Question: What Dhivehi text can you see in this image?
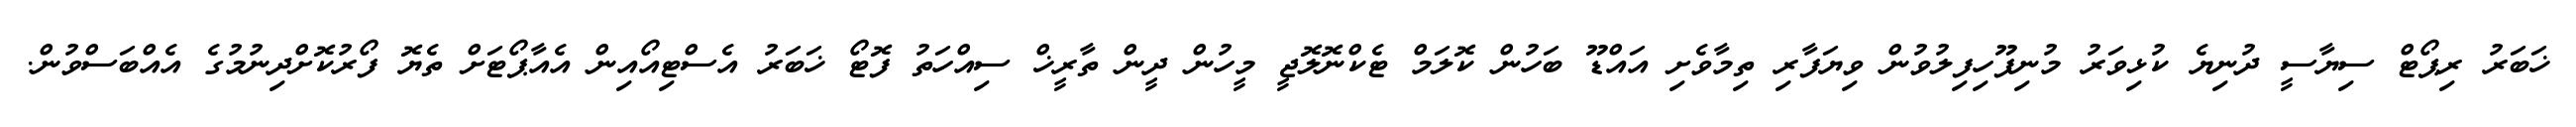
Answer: ޚަބަރު ރިޕޯޓް ސިޔާސީ ދުނިޔެ ކުޅިވަރު މުނިފޫހިފިލުވުން ވިޔަފާރި ތިމާވެށި އައްޑޫ ބަހުން ކޮލަމް ޓެކްނޮލޮޖީ މީހުން ދީން ތާރީޚް ސިއްހަތު ފޮޓޯ ޚަބަރު އެސްޓިއޯއިން އެއާޕޯޓަށް ތެޔޮ ފޯރުކޮށްދިނުމުގެ އެއްބަސްވުން.